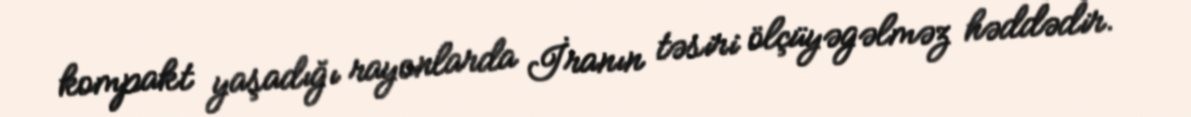
kompakt yaşadığı rayonlarda İranın təsiri ölçüyəgəlməz həddədir.